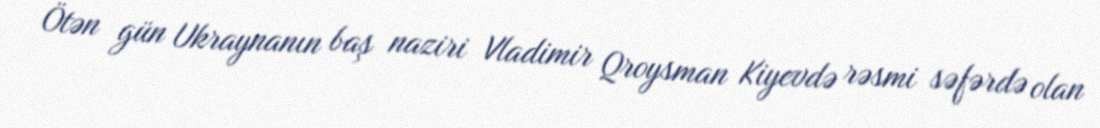
Ötən gün Ukraynanın baş naziri Vladimir Qroysman Kiyevdə rəsmi səfərdə olan